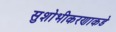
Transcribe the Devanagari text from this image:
सुशोभीकरणाकडे